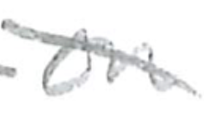
Text: on
Cross-out: diagonal
Writing tool: pencil